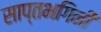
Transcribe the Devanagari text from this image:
साप्तभगिनी